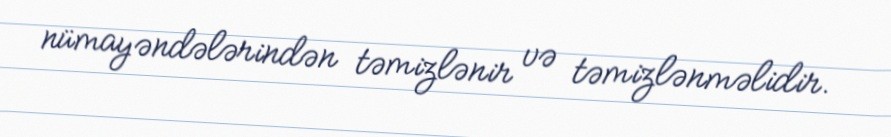
nümayəndələrindən təmizlənir və təmizlənməlidir.